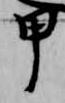
甲